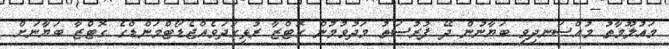
މައުލޫމާތު މުއްސަނދިވި ބަޔާނުން ދޭ ފުރުސަތު މަދުވުމުން ގޮޓްޒާ ރުޅިގަދަވެއްޖެޑޯޓްމަންޑްގެ ގޮޓްޒާ ބަޔާނަށް